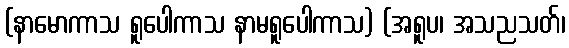
(နာမောကာသ ရူပေါကာသ နာမရူပေါကာသ) (အရူပ၊ အသညသတ်၊